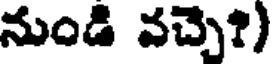
నుండి వచ్చె?)